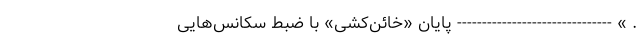
. » ------------------------------- پایان «خائن‌کشی» با ضبط سکانس‌هایی